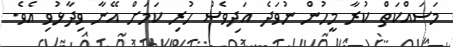
މަސައްކަތް ކުރާ މީހުން ނުވަދެ އަދިވެސް ހުރި ކަމަށް އޭނާ ވިދާޅުވި އެވެ.